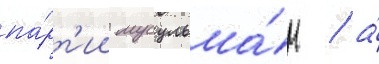
па́рт'ии мусульма́н / а́